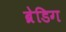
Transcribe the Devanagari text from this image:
ब्रेडिग